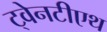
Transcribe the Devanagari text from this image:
ट्वेनटीएथ